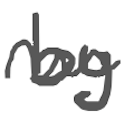
Text: by
Cross-out: wave
Writing tool: digital_gray